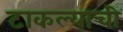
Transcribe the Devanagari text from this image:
टाकल्याची